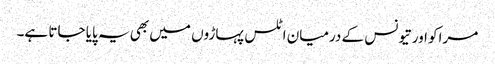
مراکو اور تیونس کے درمیان اٹلس پہاڑوں میں بھی یہ پایا جاتا ہے۔